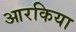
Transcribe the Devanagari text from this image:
आरकिया